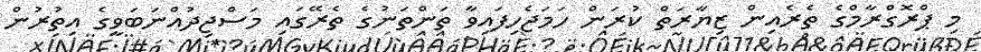
މި ޕްރޮގްރާމްގެ ތެރެއިން ޒިޔާރަތް ކުރަން ހަމަޖެހިފައިވާ ތަންތަނުގެ ތެރޭގައި މަސްޖިދުއްނަބަވީގެ އިތުރުން